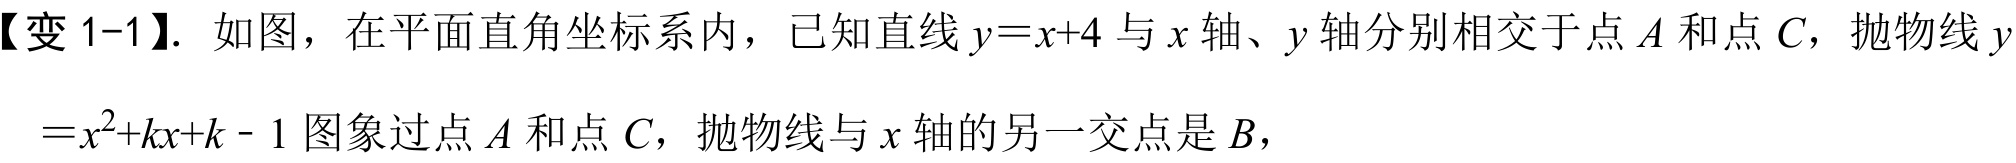
【变 1-1】. 如图，在平面直角坐标系内，已知直线\(y = x + 4\)与\(x\)轴、\(y\)轴分别相交于点\(A\)和点\(C\)，抛物线\(y\)
\(=x^{2}+kx + k - 1\)图象过点\(A\)和点\(C\)，抛物线与\(x\)轴的另一交点是\(B\)，